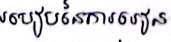
របៀបនៃការរៀន